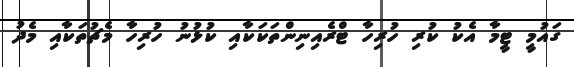
ގައުމީ ޓީމާ އެކު ކުރި ހުރިހާ ޓްރެއިނިންތަކަކާއި ކުޅުނު ހުރިހާ މެޗުތަކާއި މެދު